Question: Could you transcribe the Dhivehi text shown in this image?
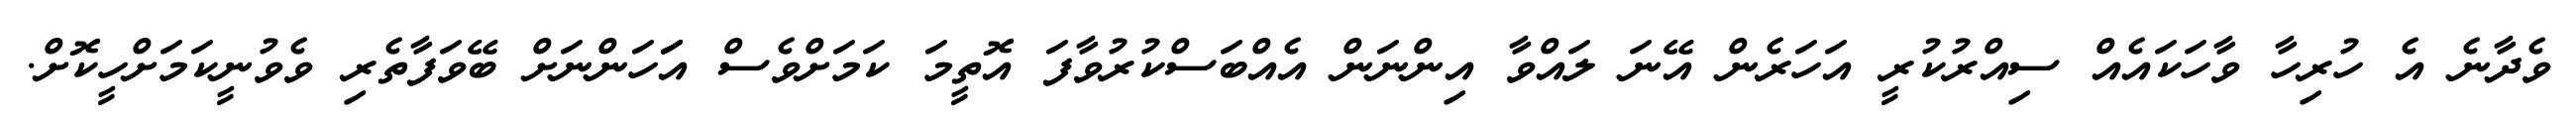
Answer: ވެދާނެ އެ ހުރިހާ ވާހަކައެއް ސިއްރުކުރީ އަހަރެން އޭނަ ލައްވާ އިންނަން އެއްބަސްކުރުވާފަ އޮތީމަ ކަމަށްވެސް އަަަހަންނަށް ބޭވަފާތެރި ވެވުނީކަމަށްހީކޮށް.